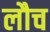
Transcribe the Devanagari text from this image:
लौच